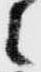
之